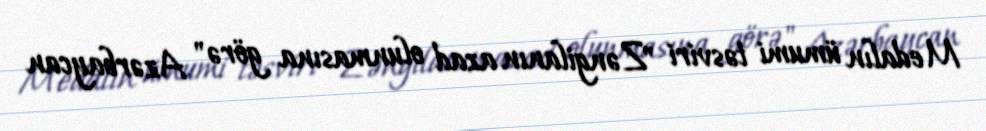
Medalın ümumi təsviri "Zəngilanın azad olunmasına görə" Azərbaycan